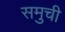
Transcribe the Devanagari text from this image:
समुची